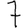
Digit: 7